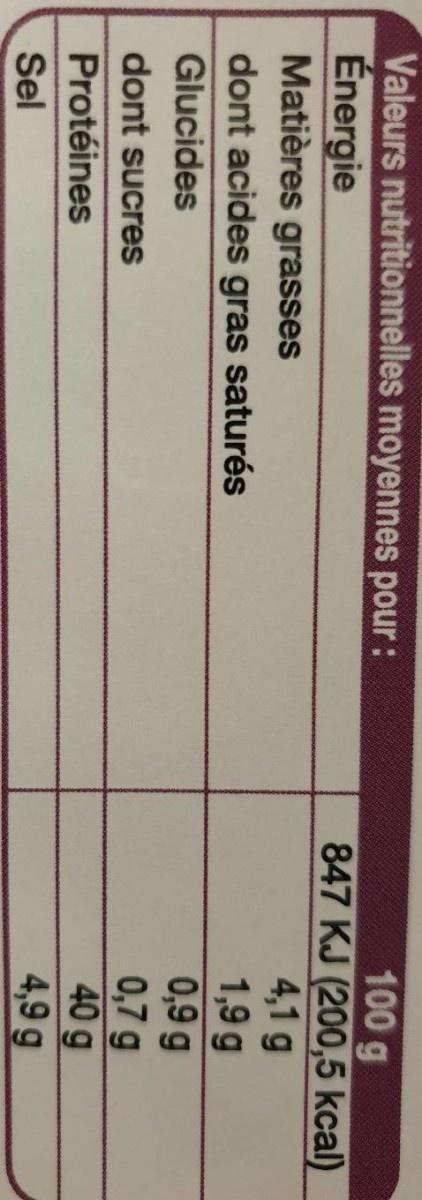
100 g 847 KJ (200,5 kcal) 4,1 g 1,9 g 0,9 g 0,7 g 40 g 4,9 g
Valeurs nutritionnelles moyennes pour:
Énergie
Matières grasses
dont acides gras saturés
Glucides
dont sucres
Protéines
Sel